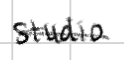
Text: studio
Cross-out: single-line
Writing tool: digital_black